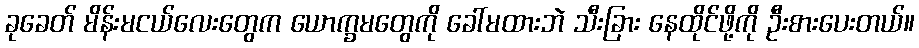
ခုခေတ် မိန်းမငယ်လေးတွေက ယောက္ခမတွေကို ခေါ်မထားဘဲ သီးခြား နေထိုင်ဖို့ကို ဦးစားပေးတယ်။